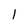
Character: 1